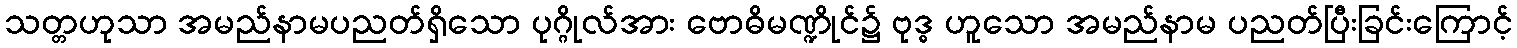
သတ္တဟုသာ အမည်နာမပညတ်ရှိသော ပုဂ္ဂိုလ်အား ဗောဓိမဏ္ဍိုင်၌ ဗုဒ္ဓ ဟူသော အမည်နာမ ပညတ်ပြီးခြင်းကြောင့်